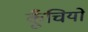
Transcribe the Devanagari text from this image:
कूँचियों